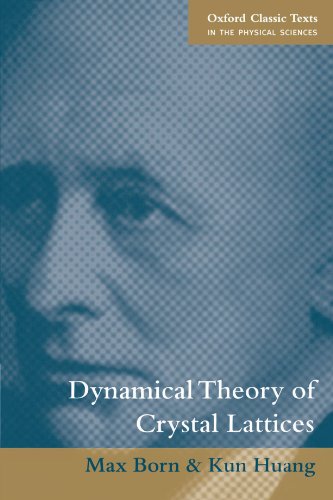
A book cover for Dynamical Theory of Crystal Lattices (Oxford Classic Texts in the Physical Sciences); Max Born; Science & Math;